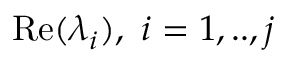
\operatorname { R e } ( \lambda _ { i } ) , ~ i = 1 , . . , j